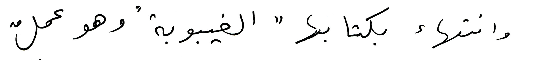
وانتهاء بكتابها "الغيبوبة" وهو عملُ